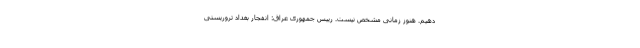
دهیم. هنوز زمانی مشخص نیست. رییس جمهوری عراق: انفجار بغداد تروریستی